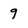
Character: 9